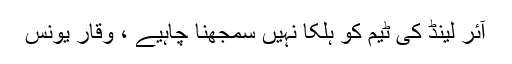
آئر لینڈ کی ٹیم کو ہلکا نہیں سمجھنا چاہیے ، وقار یونس